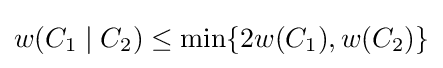
w(C_{1}\mid C_{2})\leq \min\{2w(C_{1}),w(C_{2})\}